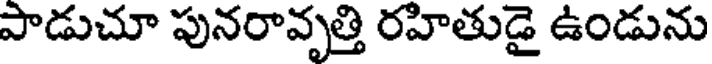
పాడుచూ పునరావృత్తి రహితుడై ఉండును